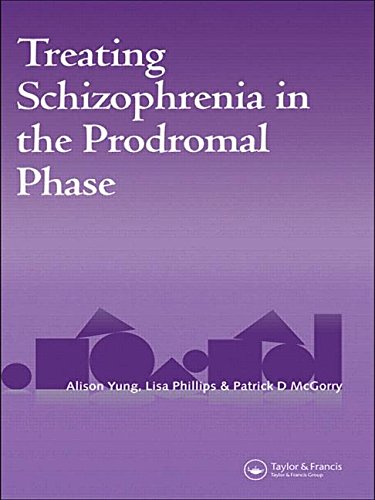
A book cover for Treating Schizophrenia in the Prodromal Phase: Back to the Future; Alison Yung; Health, Fitness & Dieting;